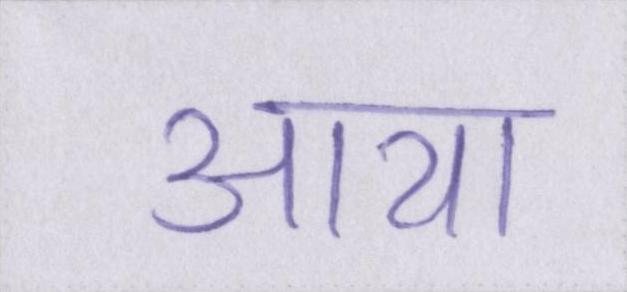
आया